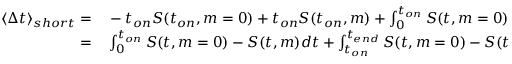
\begin{array} { r l } { \langle \Delta t \rangle _ { s h o r t } = } & { { } - t _ { o n } S ( t _ { o n } , m = 0 ) + t _ { o n } S ( t _ { o n } , m ) + \int _ { 0 } ^ { t _ { o n } } S ( t , m = 0 ) - S ( t , m ) d t } \\ { = } & { { } \int _ { 0 } ^ { t _ { o n } } S ( t , m = 0 ) - S ( t , m ) d t + \int _ { t _ { o n } } ^ { t _ { e n d } } S ( t , m = 0 ) - S ( t , m ) d t + \int _ { t _ { e n d } } ^ { \infty } S ( t , m = 0 ) - S ( t , m = 0 ) \frac { S ( t _ { e n d } , m ) } { S ( t _ { e n d } , m = 0 ) } d t } \end{array}